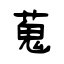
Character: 蒐